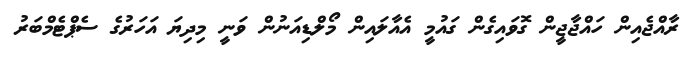
ރާއްޖެއިން ހައްޖާޖީން ގޮވައިގެން ގައުމީ އެއާލައިން މޯލްޑިއަނުން ވަނީ މިދިޔަ އަހަރުގެ ސެޕްޓެމްބަރު